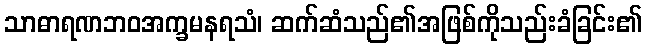
သာဓာရဏဘဝအက္ခမနရသံ၊ ဆက်ဆံသည်၏အဖြစ်ကိုသည်းခံခြင်း၏